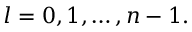
l = 0 , 1 , \ldots , n - 1 .